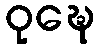
ဝုဍ္ဎေ